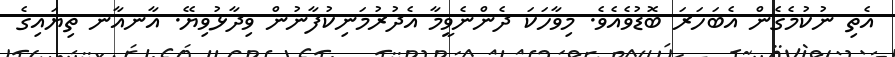
އެތި ނުކުމެގެން އެބަހަރަ ބޮޑުވެއެވެ. މިވާހަކަ ދެންނެވީމާ އެދުރުމަނިކުފާނުން ވިދާޅުވިޔޭ. އާނއާނ ތިޔައިގެ